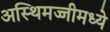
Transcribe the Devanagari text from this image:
अस्थिमज्जीमध्ये